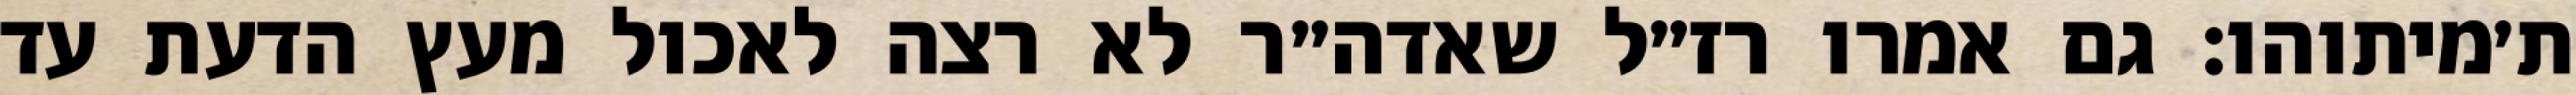
ת׳מיתוהו: גם אמרו רז״ל שאדה״ר לא רצה לאכול מעץ הדעת עד